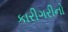
કારીગરીનો